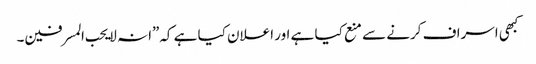
کبھی اسراف کرنے سے منع کیا ہے اور اعلان کیا ہے کہ”انہ لا یحب المسرفین۔